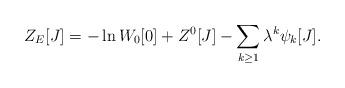
LaTeX: \begin{align*}Z_{E}[J]= -\ln W_{0}[0]+ Z^{0}[J] - \sum_{k\geq 1} \lambda^{k} \psi_{k}[J].\end{align*}